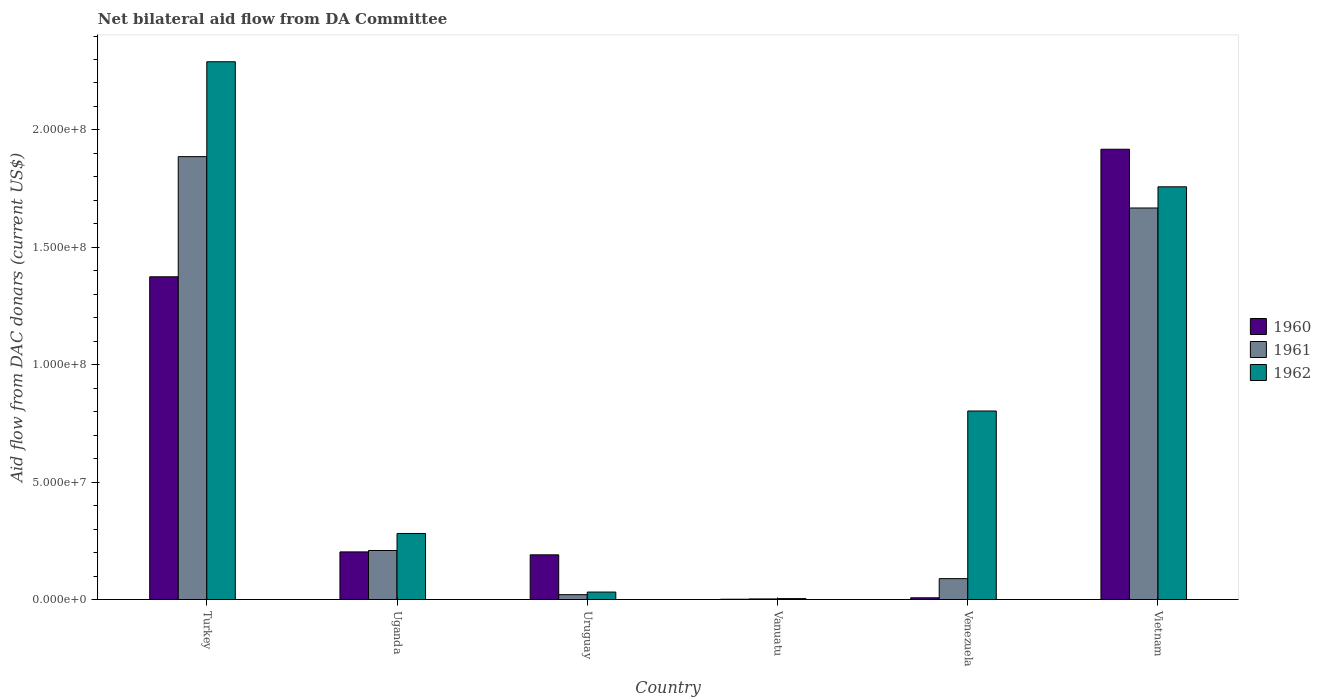
| Country | 1960 | 1961 | 1962 |
 | --- | --- | --- | --- |
 | Turkey | 1.37e+08 | 1.89e+08 | 2.29e+08 |
 | Uganda | 2.03e+07 | 2.09e+07 | 2.82e+07 |
 | Uruguay | 1.90e+07 | 2.09e+06 | 3.2e+06 |
 | Vanuatu | 1.5e+05 | 2.8e+05 | 4.1e+05 |
 | Venezuela | 7.6e+05 | 8.92e+06 | 8.03e+07 |
 | Vietnam | 1.92e+08 | 1.67e+08 | 1.76e+08 |